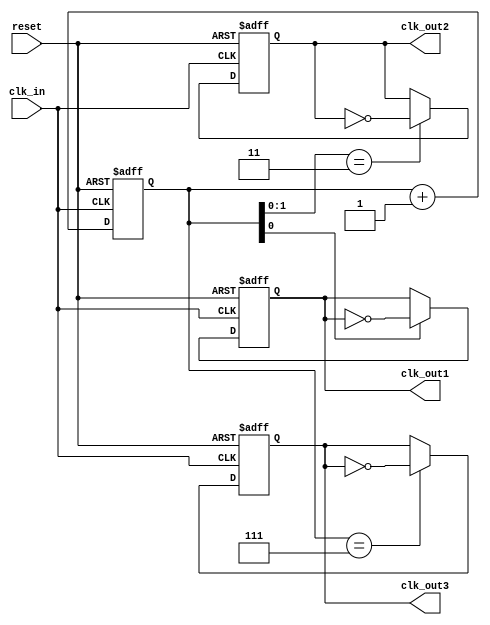
`timescale 1ns / 1ps
//////////////////////////////////////////////////////////////////////////////////
// Company: 
// Engineer: 
// 
// Design Name: 
// Module Name: clock_generator
// Project Name: 
// Target Devices: 
// Tool Versions: 
// Description: 
// 
// Dependencies: 
// 
// Revision:
// Revision 0.01 - File Created
// Additional Comments:
// 
//////////////////////////////////////////////////////////////////////////////////

module clock_generator (
    input wire clk_in,   
    input wire reset,    
    output reg clk_out1, 
    output reg clk_out2, 
    output reg clk_out3
);

reg [2:0] counter;

always @(posedge clk_in or posedge reset) begin
    if (reset) begin
        counter <= 3'b0;
        clk_out1 <= 1'b0;
        clk_out2 <= 1'b0;
        clk_out3 <= 1'b0;
    end else begin

        counter <= counter + 1'b1;
        if (counter[0] == 1'b1) begin
            clk_out1 <= ~clk_out1;
        end
        if (counter[1:0] == 2'b11) begin
            clk_out2 <= ~clk_out2;
        end
        if (counter[2:0] == 3'b111) begin
            clk_out3 <= ~clk_out3;
        end
    end
end

endmodule